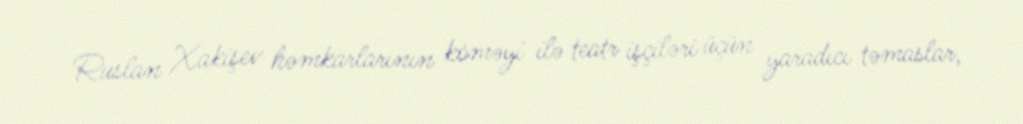
Ruslan Xakişev həmkarlarının köməyi ilə teatr işçiləri üçün yaradıcı təmaslar,